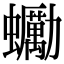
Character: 䘈